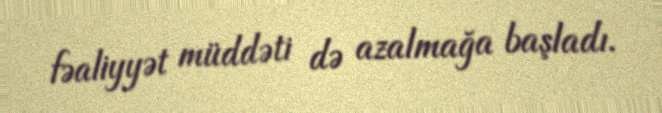
fəaliyyət müddəti də azalmağa başladı.